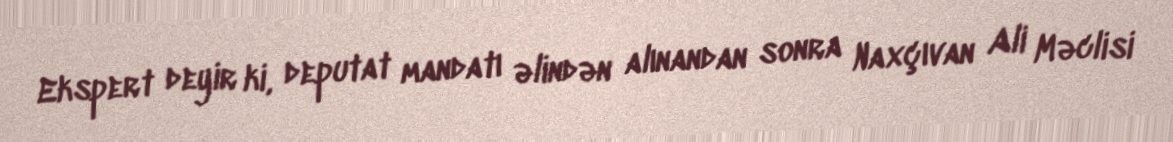
Ekspert deyir ki, deputat mandatı əlindən alınandan sonra Naxçıvan Ali Məclisi